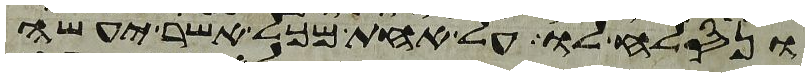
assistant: ונסלח לו על אחת מכל אשר יעשה